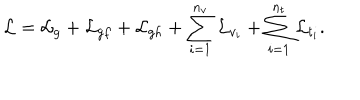
{ \cal L } = { \cal L } _ { g } + { \cal L } _ { g f } + { \cal L } _ { g h } + \sum _ { i = 1 } ^ { n _ { v } } { \cal L } _ { v _ { i } } + \sum _ { i = 1 } ^ { n _ { t } } { \cal L } _ { t _ { i } } .